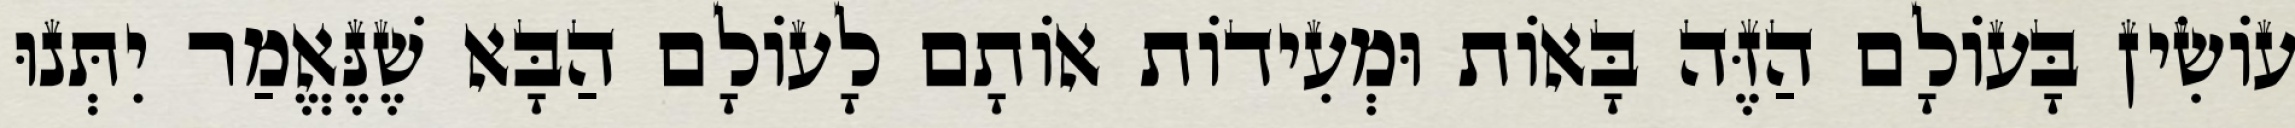
עוֹשִׂין בָּעוֹלָם הַזֶּה בָּאוֹת וּמְעִידוֹת אוֹתָם לָעוֹלָם הַבָּא שֶׁנֶּאֱמַר יִתְּנוּ